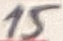
Text: 15